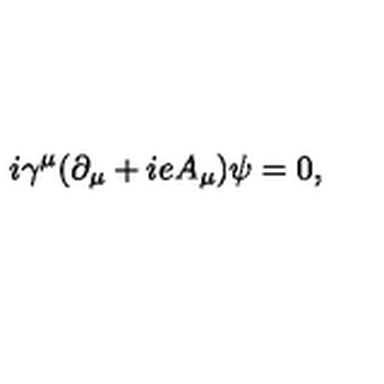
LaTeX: i { \gamma } ^ { \mu } ( { \partial } _ { \mu } + i e A _ { \mu } ) { \psi } = 0 ,